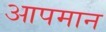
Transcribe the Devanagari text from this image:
आपमान